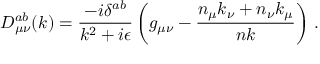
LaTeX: D _ { \mu \nu } ^ { a b } ( k ) = { \frac { - i \delta ^ { a b } } { k ^ { 2 } + i \epsilon } } \left( g _ { \mu \nu } - { \frac { n _ { \mu } k _ { \nu } + n _ { \nu } k _ { \mu } } { n k } } \right) \, .